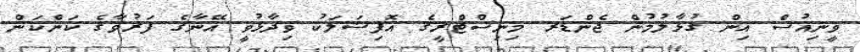
ވީނިއުސް އިން ގުޅާލުމުން ޖެންޑަރ މިނިސްޓްރީގެ އޮފިޝަލަކު ވިދާޅުވީ އޭނާގެ ފަރުވާގެ ކަންކަން